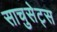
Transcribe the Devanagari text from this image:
साचुसेट्स